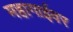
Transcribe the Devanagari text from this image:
महागाईवर